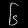
Digit: ၆